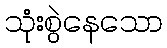
သုံးစွဲနေသော